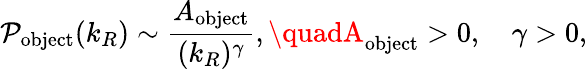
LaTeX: \mathcal{P}_{\textrm{{object}}}(k_{R})\sim\frac{{A_{\textrm{{object}}}}}{{(k_{R})^{\gamma}}},\quadA_{\textrm{{object}}}>0,\quad\gamma>0,